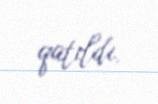
qatıldı.